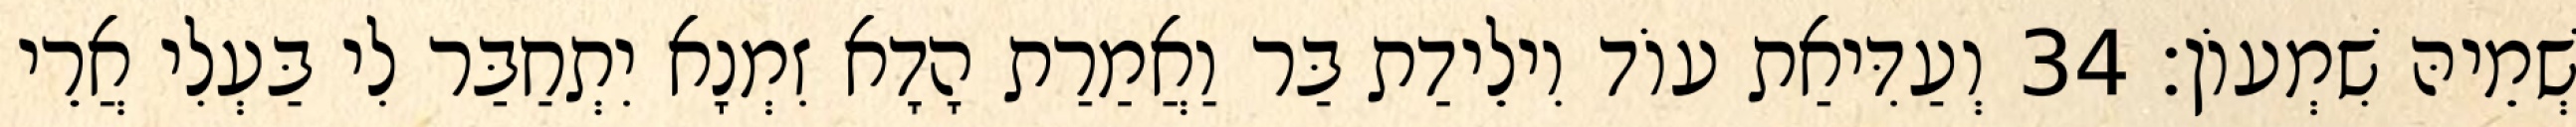
שְׁמֵיהּ שִׁמְעוֹן׃ 34 וְעַדִּיאַת עוֹד וִילֵידַת בַּר וַאֲמַרַת הָדָא זִמְנָא יִתְחַבַּר לִי בַּעְלִי אֲרֵי